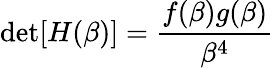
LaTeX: \operatorname*{det}[H(\beta)]=\frac{f(\beta)g(\beta)}{\beta^{4}}